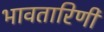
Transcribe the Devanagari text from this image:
भावतारिणी